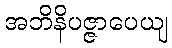
အဘိနိပဇ္ဇာပေယျ